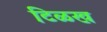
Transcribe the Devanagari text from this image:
टिळख